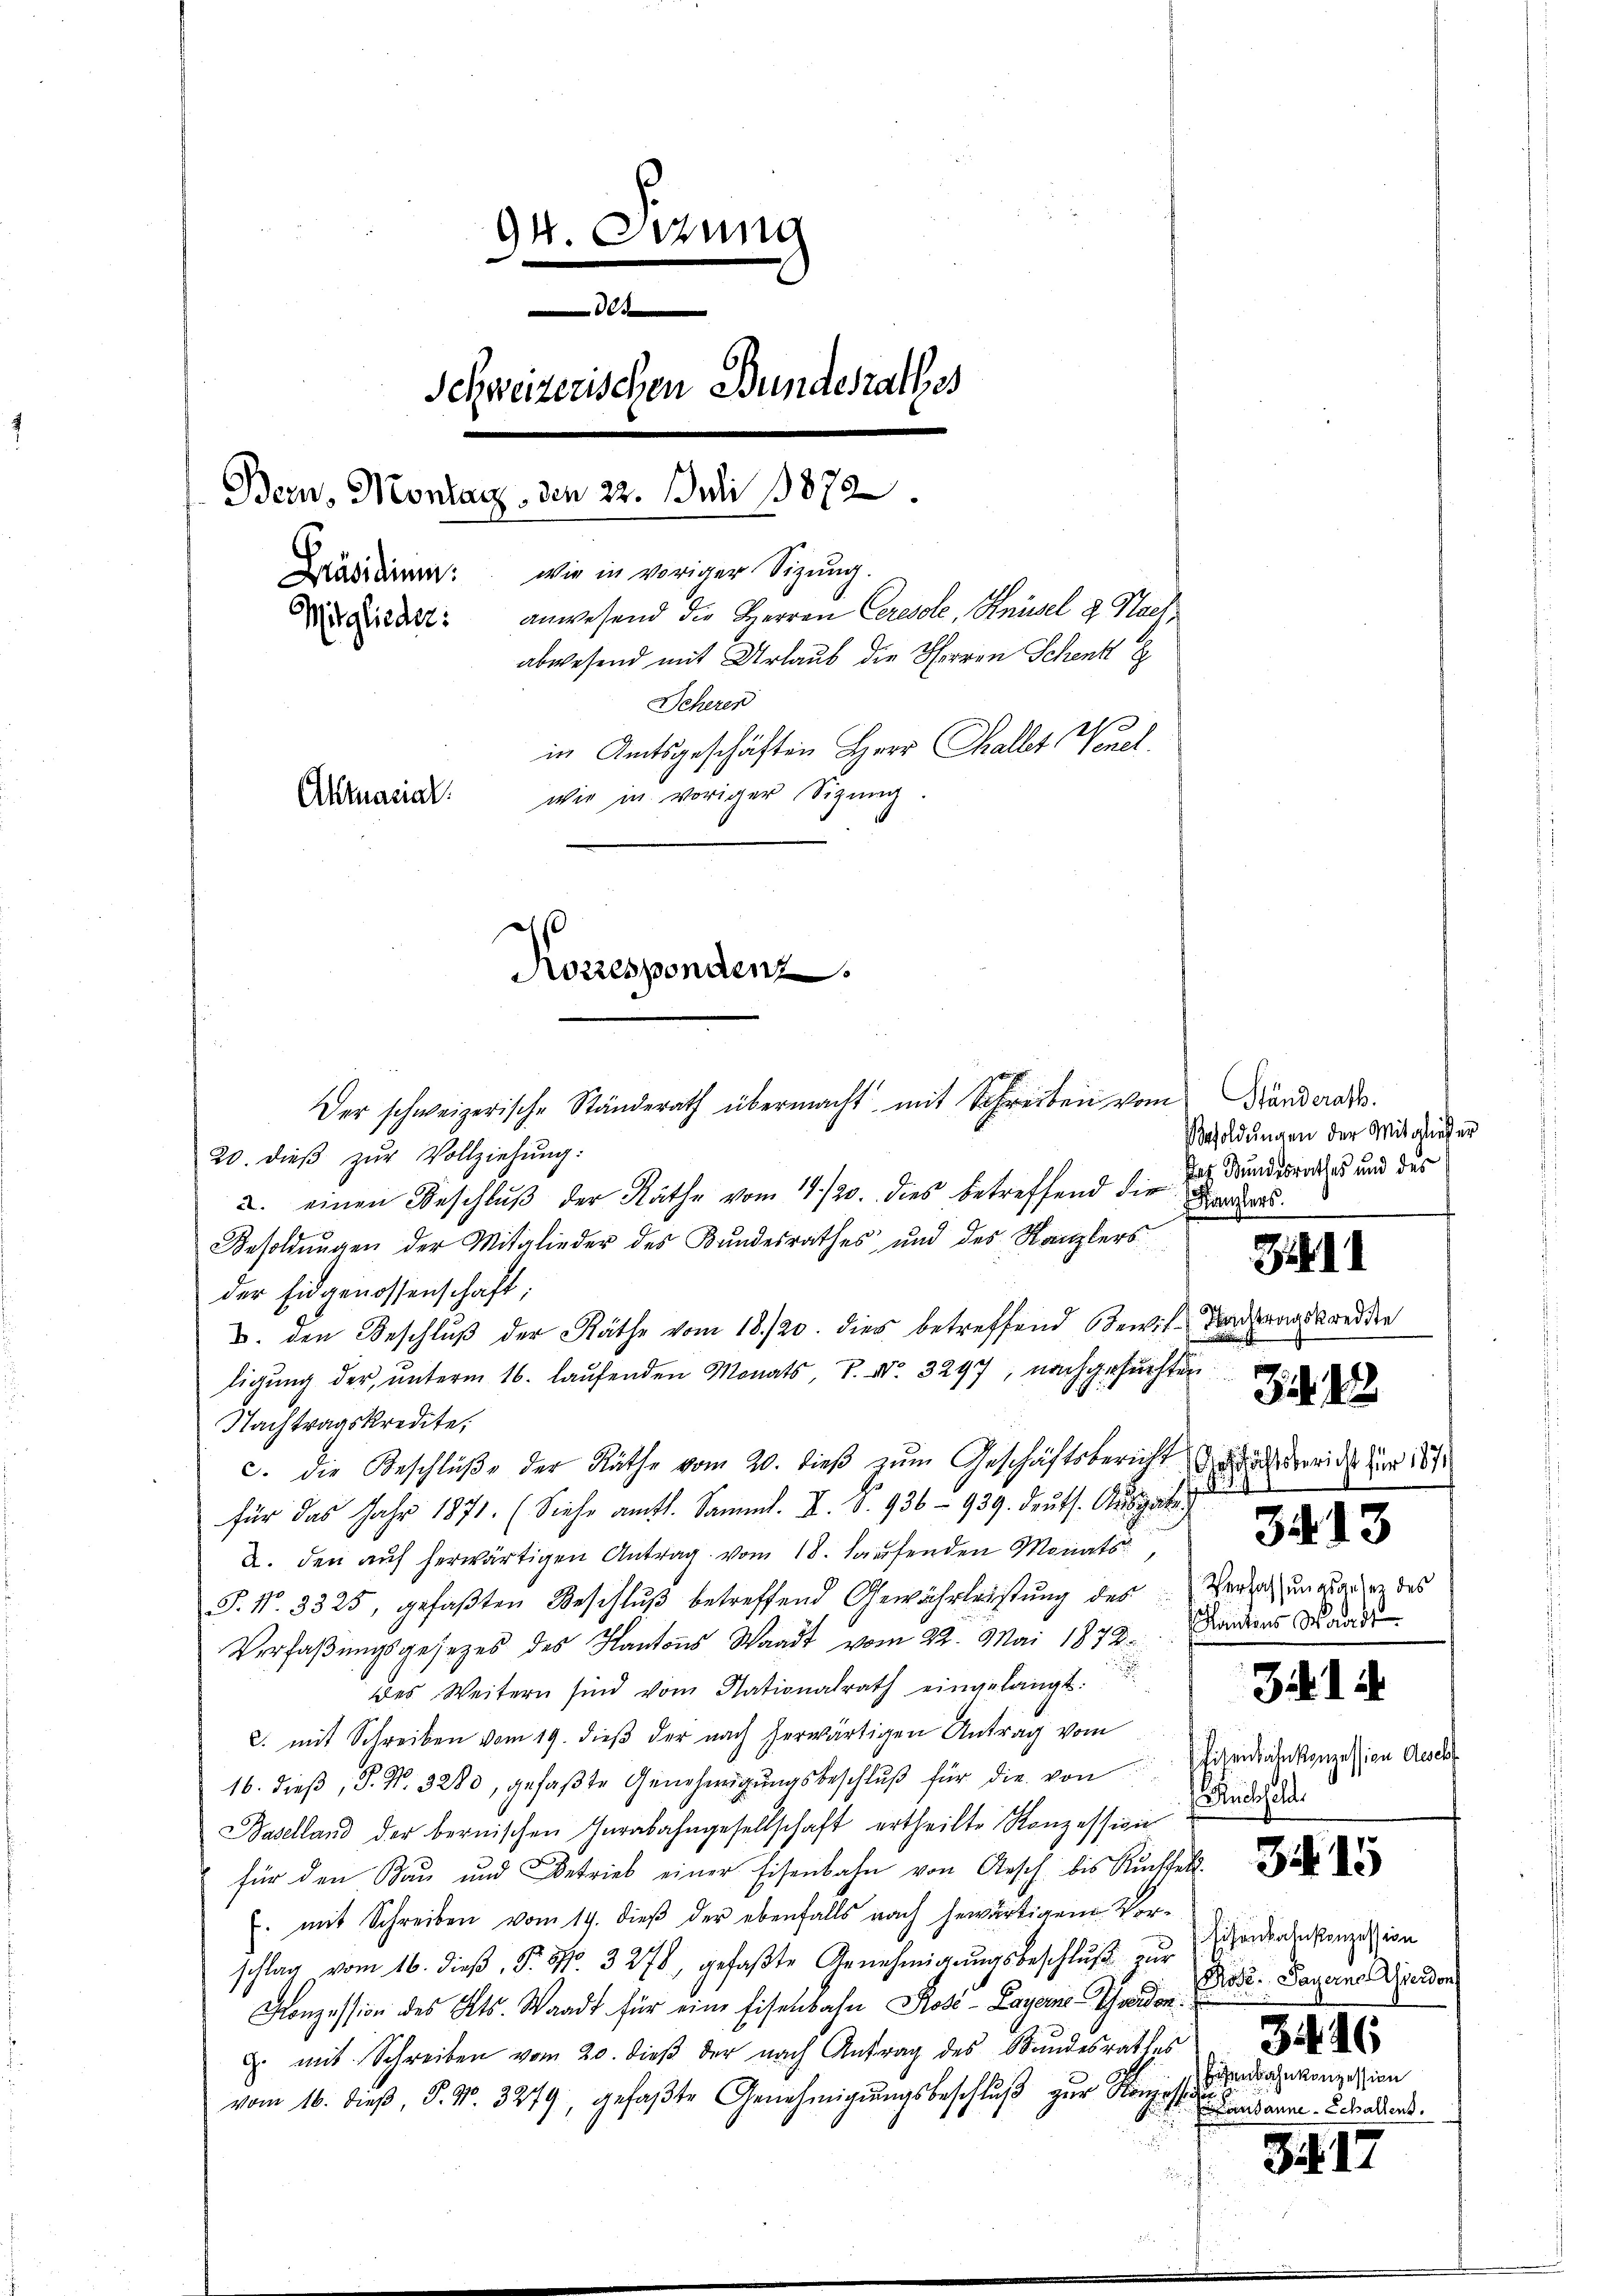
94. Octung
 s dem
Schweizerischen Bundesrathes
Bern, Montanz, den 22. Juli 1872
Mäsiden: wie in voriger Sigung.
Dr Findet: anwesend die Herren Ceressel, Knüsel u Strafabwesend mit Urlaub die Herren Schenk
Seheren
10
in Amtsgeschäften Herr Challet Venel
wir in voriger Sizung.
Aktuarial.
Korrespondenz.

20. dieβ zŭr Vollziehung:
2. einen Beschluß der Räthe vom 14./20. dies betreffend die z. Bundesrathes und des
Besoldungen der Mitglieder des Bundesrathes und des Kanzlers
der Eidgenossenschaft;
3. den Beschluß der Räthe vom 18./20. dies betreffend Bewil-Vergangskredden
ligung der unterm 16. laufenden Monats P. Nr. 3297, nachgesuchten
Nachtragskredite,
c. die Beschlüβe der Räthe vom 20. dieβ zŭm Geschäftsbericht gerich für des
für das Jahr 1871. (Siehe amtl. Samml. II. S. 936 - 939. Deuts. Ausgabe
2. den auf herwärtigen Antrag vom 18. Hausenden Monats
S. Nr. 3325, gefaßten Beschluß betreffend Gewährleistung des Versich unglanz des
Verfaßungsgesetzes des Kantons Waadt vom 22. Mai 1872. Landers Kandi
des Weitern sind vom Nationalrath eingelangt.
c. mit Schreiben vom 19. dieß der nach herwärtigen Antrag vom
16. dieβ, P. Nr. 3283, gefaβte Genehmigŭngsbeschlŭβ für die von Eindraenkonzession Ander
Baselland der bernischen Herabahngesellschaft ertheilte Konzession
für den Bau und Betrieb einer Eisenbahn von Ansch bis Ruchfall
. mit Schreiben vom 19. dieß der ebenfalls nach gewärtigen Vorschlag vom 16. dieβ, P. Nr. 3278, gefaβte Genehmigŭngsbeschlŭβ zŭr
Konzession des Kts. Waadt für eine Eisenbahn Kosé-Layerne Schweiden:
u mit Schreiben vom 20. dieβ der nach Antrag des Bundesrathes
vom 16. dieβ, P. Nr. 3279, gefaβte Genehmigŭngsbeschlŭβ zŭr Konzesseronzession

Der schweizerische Ständerath übermacht mit Schreiben vom

Ständerath.
Besoldŭngen der Mitglieder
Kanzlers

Zib

Zit

34. 13

.

3 d. d.

3415

uolchelt.

sisenbahnkonzession
Rose. Payerne verdon
34. 46
 banne - Schallens.

S.S. 17